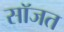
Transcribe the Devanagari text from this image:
सॉजत